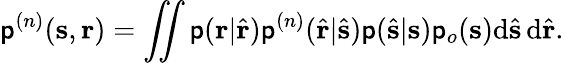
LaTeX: \mathsf{p}^{(n)}(\mathbf{{s}},\mathbf{{r}})=\iint\mathsf{p}(\mathbf{{r}}|\hat{{\mathbf{{r}}}})\mathsf{p}^{(n)}(\hat{{\mathbf{{r}}}}|\hat{{\mathbf{{s}}}})\mathsf{p}(\hat{{\mathbf{{s}}}}|\mathbf{{s}})\mathsf{p}_{o}(\mathbf{{s}})\mathrm{{{d}\hat{{\mathbf{{s}}}}\, \mathrm{{{d}\hat{{\mathbf{{r}}}}.}}}}